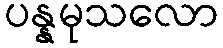
ပန္နမုသလော